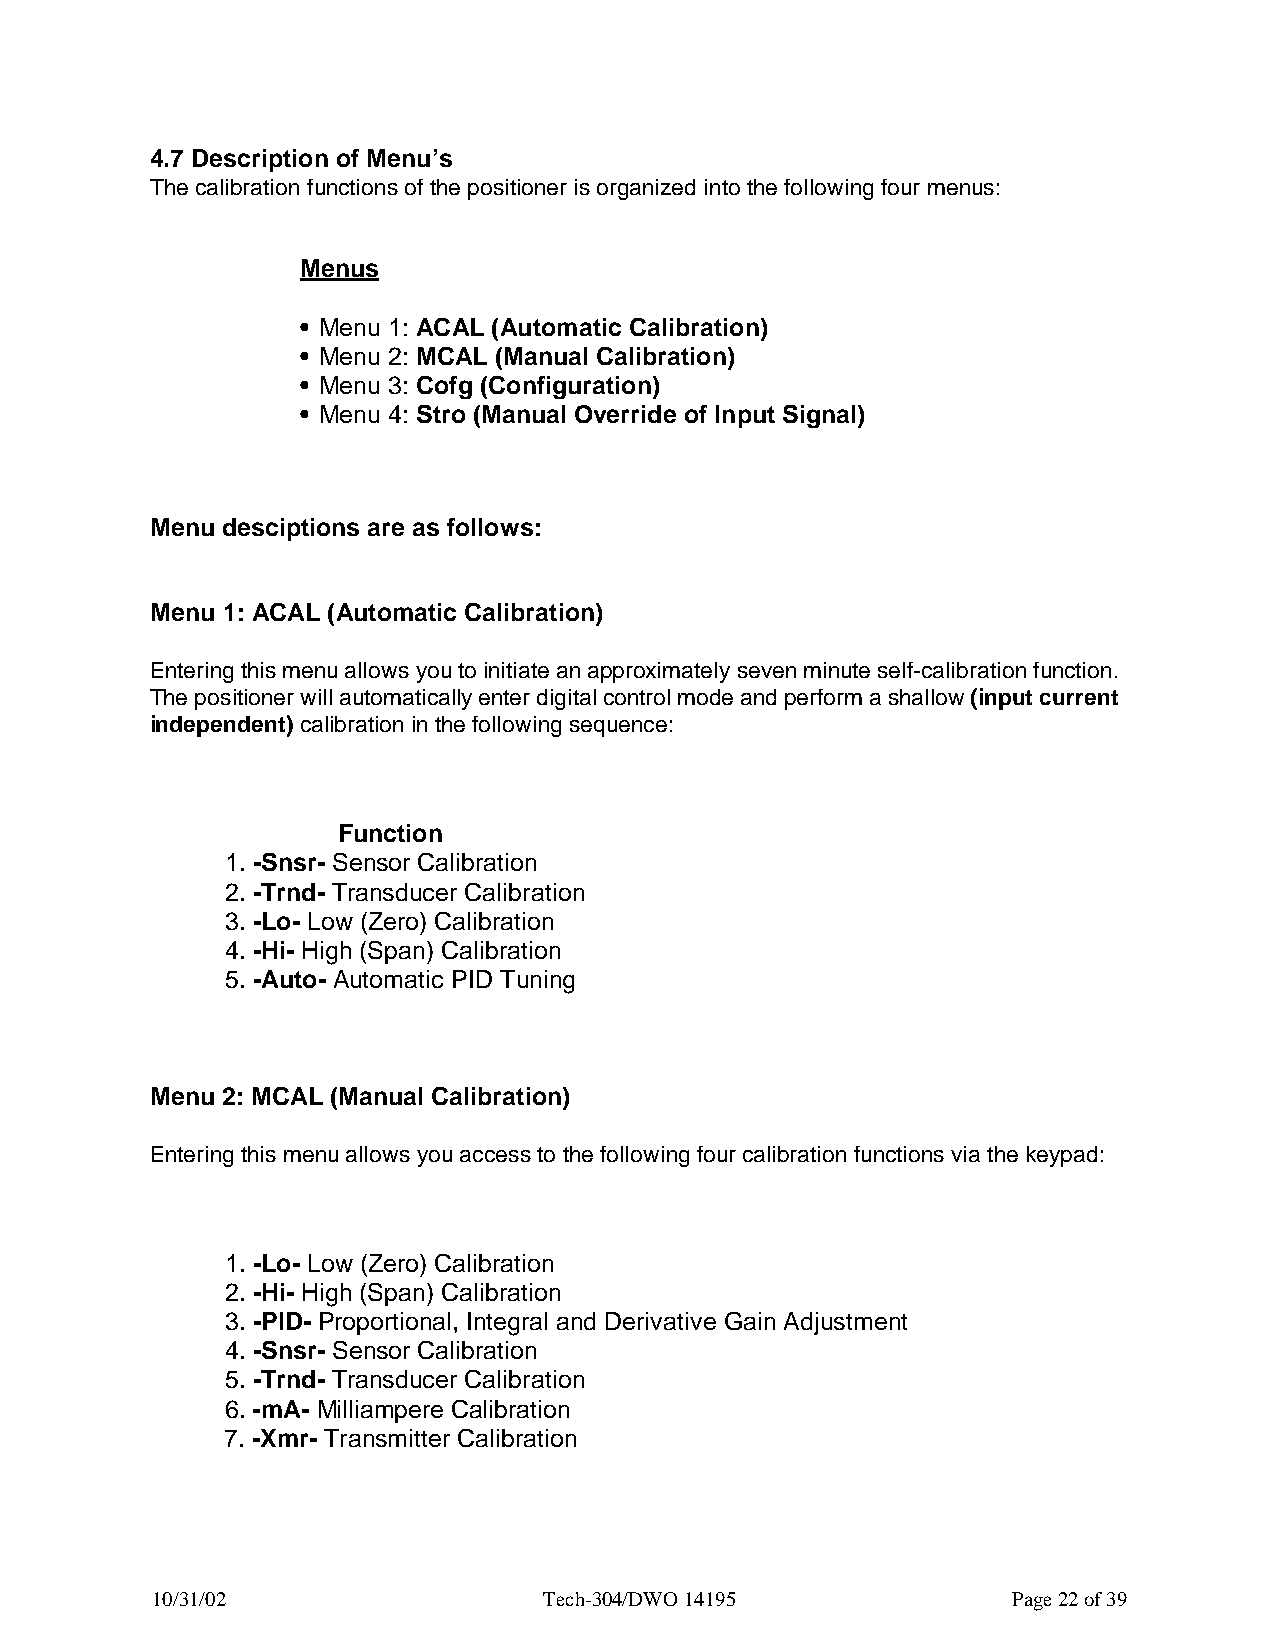
4.7 Description of Menu’s
 The calibration functions of the positioner is organized into the following four menus:
 Menus
 • Menu 1: ACAL (Automatic Calibration)
 • Menu 2: MCAL (Manual Calibration)
 • Menu 3: Cofg (Configuration)
 • Menu 4: Stro (Manual Override of Input Signal)
 Menu desciptions are as follows:
 Menu 1: ACAL (Automatic Calibration)
 Entering this menu allows you to initiate an approximately seven minute self-calibration function.
 The positioner will automatically enter digital control mode and perform a shallow (input current
 independent) calibration in the following sequence:
 Function
 1. -Snsr- Sensor Calibration
 2. -Trnd- Transducer Calibration
 3. -Lo- Low (Zero) Calibration
 4. -Hi- High (Span) Calibration
 5. -Auto- Automatic PID Tuning
 Menu 2: MCAL (Manual Calibration)
 Entering this menu allows you access to the following four calibration functions via the keypad:
 1. -Lo- Low (Zero) Calibration
 2. -Hi- High (Span) Calibration
 3. -PID- Proportional, Integral and Derivative Gain Adjustment
 4. -Snsr- Sensor Calibration
 5. -Trnd- Transducer Calibration
 6. -mA- Milliampere Calibration
 7. -Xmr- Transmitter Calibration
 10/31/02                  Tech-304/DWO 14195             Page 22 of 39